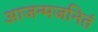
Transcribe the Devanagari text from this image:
आजन्मजनितं